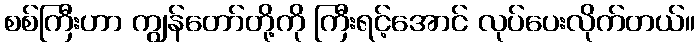
စစ်ကြီးဟာ ကျွန်တော်တို့ကို ကြီးရင့်အောင် လုပ်ပေးလိုက်တယ်။